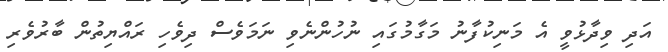
އަދި ވިދާޅުވީ އެ މަނިކުފާނު މަގާމުގައި ނުހުންނެވި ނަމަވެސް ދިވެހި ރައްޔިތުން ބާރުވެރި